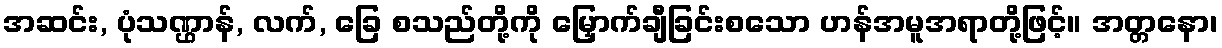
အဆင်း, ပုံသဏ္ဌာန်, လက်, ခြေ စသည်တို့ကို မြှောက်ချီခြင်းစသော ဟန်အမူအရာတို့ဖြင့်။ အတ္တနော၊